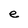
Character: e